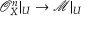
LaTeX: { \mathcal { O } } _ { X } ^ { n } | _ { U } \to { \mathcal { M } } | _ { U }